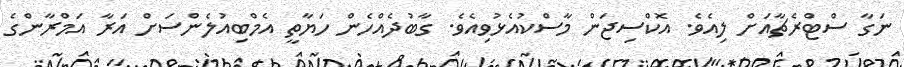
ނަގާ ސްޓްރެޗާއަށް ލިއެވެ. އޮކްސިޖަން މާސްކުއެޅުވިއެވެ. ގާބުދެއްހެން ހަޔާތީ އެމްބިއުލެންސަށް އަރާ އަމްރާންގެ